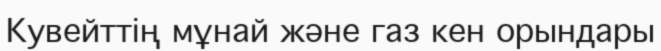
Кувейттің мұнай және газ кен орындары